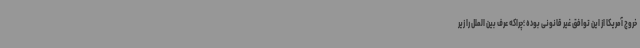
خروج آمریکا از این توافق غیر قانونی بوده ؛چراکه عرف بین الملل را زیر